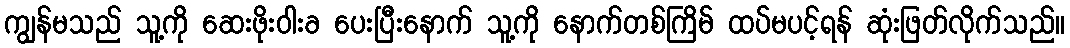
ကျွန်မသည် သူ့ကို ဆေးဖိုးဝါးခ ပေးပြီးနောက် သူ့ကို နောက်တစ်ကြိမ် ထပ်မပင့်ရန် ဆုံးဖြတ်လိုက်သည်။